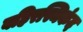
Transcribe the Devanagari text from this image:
बहिरस्थिकंद